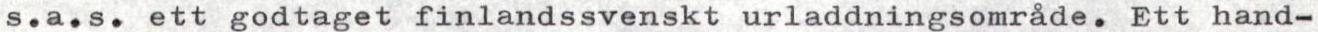
s.a.s. ett godtaget finlandssvenskt urladdningsområde. Ett hand-